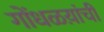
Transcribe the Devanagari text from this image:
गोंधळय़ांची